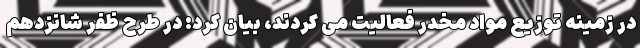
در زمینه توزیع مواد مخدر فعالیت می کردند، بیان کرد: در طرح ظفر شانزدهم